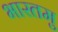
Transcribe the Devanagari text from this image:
भारतमु